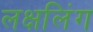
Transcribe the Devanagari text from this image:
लक्षलिंग